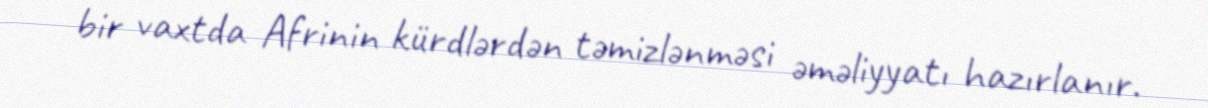
bir vaxtda Afrinin kürdlərdən təmizlənməsi əməliyyatı hazırlanır.